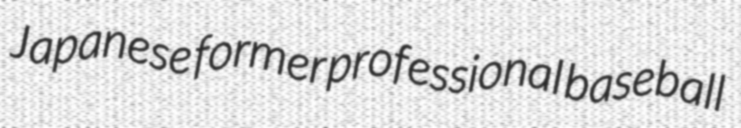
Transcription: Japanese former professional baseball